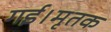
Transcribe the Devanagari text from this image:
गई।मृतक